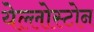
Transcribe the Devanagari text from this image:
येल्लोस्टोन